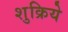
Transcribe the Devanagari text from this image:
शुक्रिये